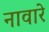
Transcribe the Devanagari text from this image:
नावारे